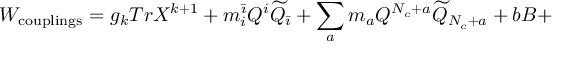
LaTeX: W _ { \mathrm { c o u p l i n g s } } = g _ { k } T r X ^ { k + 1 } + m _ { i } ^ { \bar { \imath } } Q ^ { i } \widetilde { Q } _ { \bar { \imath } } + \sum _ { a } m _ { a } Q ^ { N _ { c } + a } \widetilde { Q } _ { N _ { c } + a } + b B +